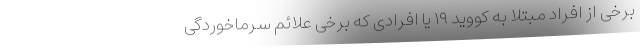
برخی از افراد مبتلا به کووید ۱۹ یا افرادی که برخی علائم سرماخوردگی